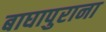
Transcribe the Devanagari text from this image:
बाघापुराना